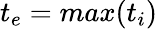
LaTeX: t_{e}=max(t_{i})